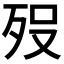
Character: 𭮈